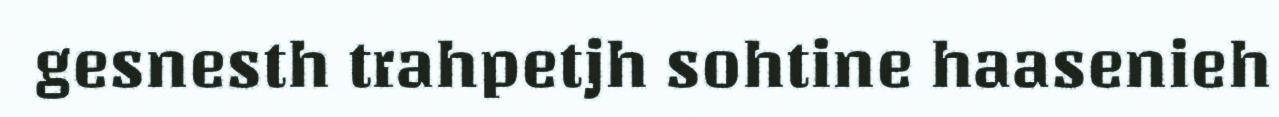
gesnesth trahpetjh sohtine haasenieh